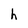
Character: h